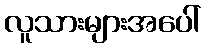
လူသားများအပေါ်